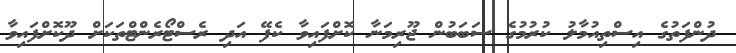
ދުންފަތުގެ އިސްތިއުމާލު ކުރުމުގެ ސަބަބުން ޖޫރިމަނާ ކޮށްފައިވާ ކެފޭ އަދި ރެސްޓޯރެންޓްތަކަށް ދޫކޮށްފައިވާ